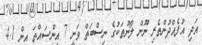
އަދި އުފެއްދުންތެރި ނޫން ލޯނުތަކުގެ ނިސްބަތް ވަނީ 7 އިންސައްތަ އިން 4.1